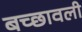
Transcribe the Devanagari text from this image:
बच्छावली